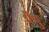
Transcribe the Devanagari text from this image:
भेँपु